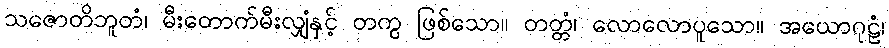
သဇောတိဘူတံ၊ မီးတောက်မီးလျှံနှင့် တကွ ဖြစ်သော။ တတ္တံ၊ လောလောပူသော။ အယောဂုဠံ၊